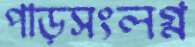
পাড়সংলগ্ন